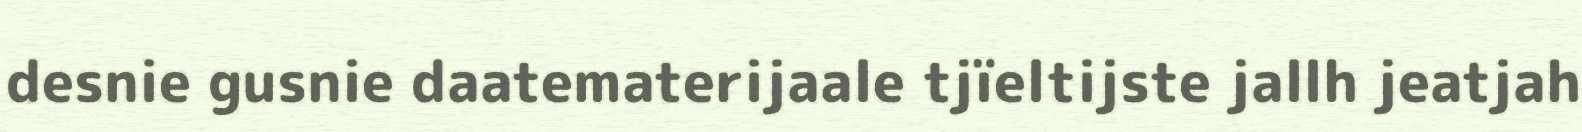
desnie gusnie daatematerijaale tjïeltijste jallh jeatjah